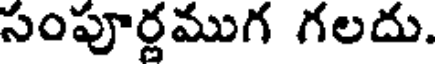
సంపూర్ణముగ గలదు.